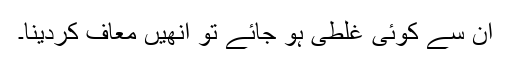
ان سے کوئی غلطی ہو جائے تو انھیں معاف کردینا۔